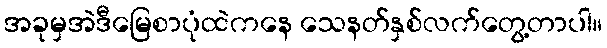
အခုမှအဲဒီမြေစာပုံထဲကနေ သေနတ်နှစ်လက်တွေ့တာပါ။